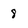
Character: 8